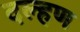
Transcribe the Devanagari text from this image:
दल्हण